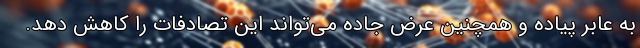
به عابر پیاده و همچنین عرض جاده می‌تواند این تصادفات را کاهش دهد.